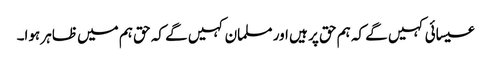
عیسائی کہیں گے کہ ہم حق پر ہیں اور مسلمان کہیں گے کہ حق ہم میں ظاہر ہوا۔